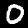
Label: 0